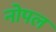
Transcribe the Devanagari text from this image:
नोपल